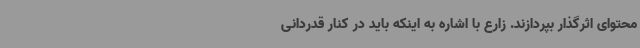
محتوای اثرگذار بپردازند. زارع با اشاره به اینکه باید در کنار قدردانی